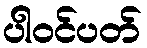
ပါဝင်ပတ်